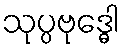
သုပ္ပဗုဒ္ဓေါ